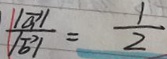
\frac { \vert \overrightarrow { a } \vert } { \vert \overrightarrow { b } \vert } = \frac { 1 } { 2 }